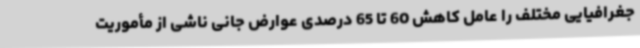
جغرافیایی مختلف را عامل کاهش 60 تا 65 درصدی عوارض جانی ناشی از مأموریت